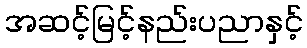
အဆင့်မြင့်နည်းပညာနှင့်